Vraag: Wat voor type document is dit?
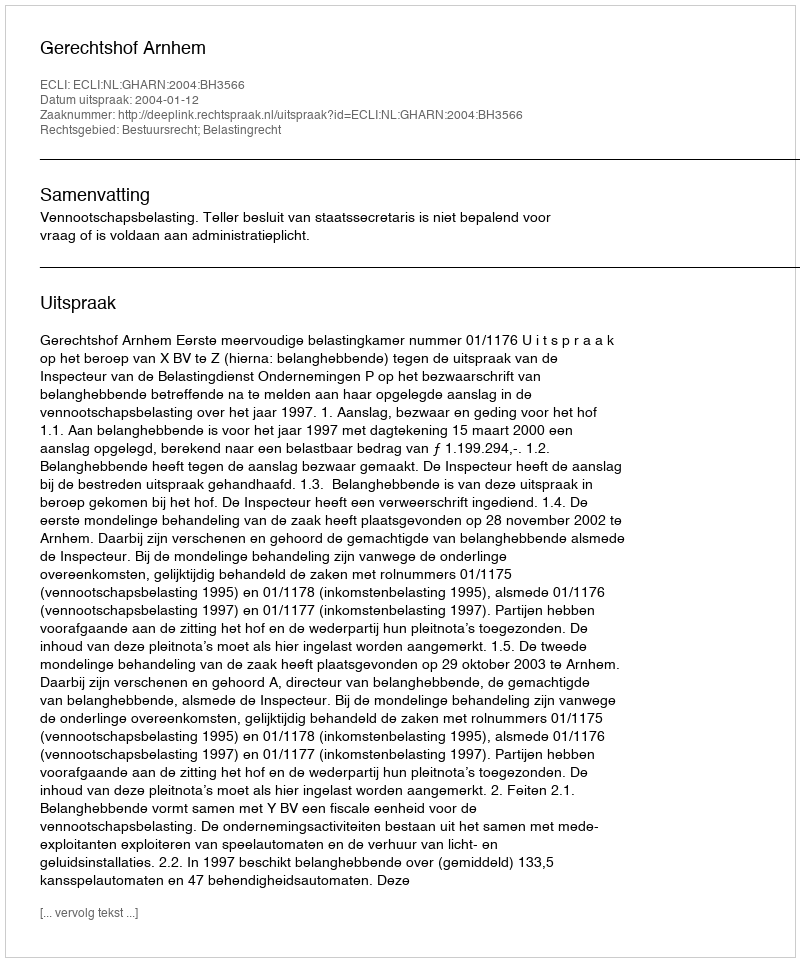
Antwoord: Uitspraak